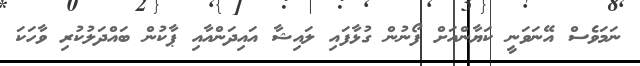
ނަމަވެސް އޭނަވަނީ ކަޔާންއަށް ފޯނުން ގުޅާފައި ލައިޝާ އައިދަންއާއި ޕާކުން ބައްދަލުކުރި ވާހަކަ